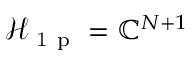
\mathcal { H } _ { \mathrm { ~ 1 ~ p ~ } } = \mathbb { C } ^ { N + 1 }